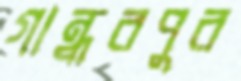
গান্ধবপুর